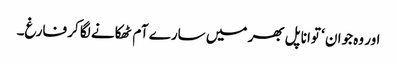
اور وہ جوان ‘ توانا پل بھر میں سارے آم ٹھکانے لگا کر فارغ۔